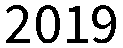
2019